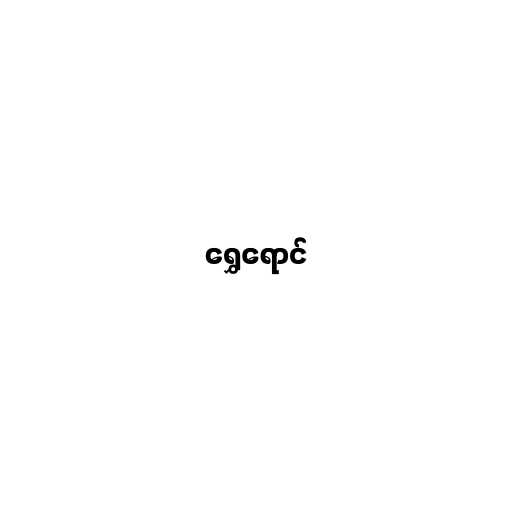
ရွှေရောင်